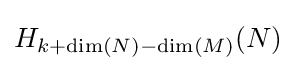
H_{k+\dim(N)-\dim(M)}(N)